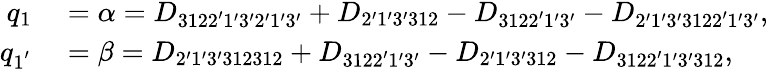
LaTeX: \begin{array}{rl}{q_{1}}&{{}=\alpha={D_{3122^{\prime}1^{\prime}3^{\prime}2^{\prime}1^{\prime}3^{\prime}}}+{D_{2^{\prime}1^{\prime}3^{\prime}312}}-{D_{3122^{\prime}1^{\prime}3^{\prime}}}-{D_{2^{\prime}1^{\prime}3^{\prime}3122^{\prime}1^{\prime}3^{\prime}}},}\\ {q_{1^{'}}}&{{}=\beta={D_{2^{\prime}1^{\prime}3^{\prime}312312}}+{D_{3122^{\prime}1^{\prime}3^{\prime}}}-{D_{2^{\prime}1^{\prime}3^{\prime}312}}-{D_{3122^{\prime}1^{\prime}3^{\prime}312}},}\end{array}